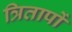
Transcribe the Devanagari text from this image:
त्रितापों